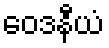
ဝေဒနီယံ